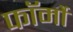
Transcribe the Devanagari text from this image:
फाॅर्मों